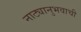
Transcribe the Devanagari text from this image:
नाट्यानुभवाची